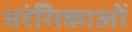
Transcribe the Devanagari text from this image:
तरंगिकाओं